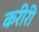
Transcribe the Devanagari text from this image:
करीरी